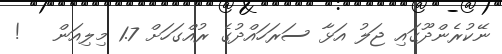
ނޭކުރެންދޫގައި ޖަލު އަޅާ ސަރަހައްދުގެ ރުއްގަހަށް 1.7 މިލިއަން   !